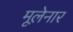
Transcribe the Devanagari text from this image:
मूलेनार